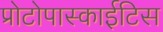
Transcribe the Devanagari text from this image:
प्रोटोपास्काईटिस